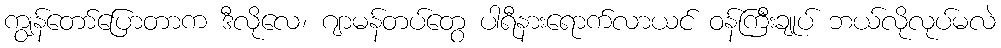
ကျွန်တော်ပြောတာက ဒီလိုလေ၊ ဂျာမန်တပ်တွေ ပါရီနားရောက်လာယင် ဝန်ကြီးချုပ် ဘယ်လိုလုပ်မလဲ